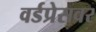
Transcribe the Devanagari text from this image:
वर्डप्रेसवर